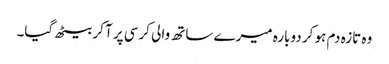
وہ تازہ دم ہو کر دوبارہ میرے ساتھ والی کرسی پر آ کر بیٹھ گیا۔